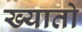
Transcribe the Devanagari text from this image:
ख्यातो